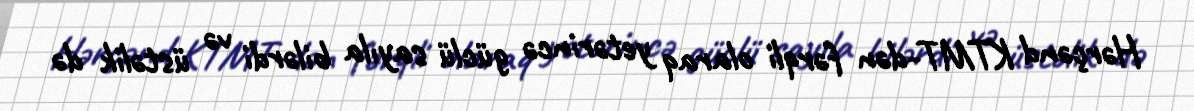
Hərçənd KTMT-dən fərqli olaraq yetərincə güclü sayıla bilərdi və üstəlik də